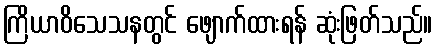
ကြိယာဝိသေသနတွင် ဖျောက်ထားရန် ဆုံးဖြတ်သည်။